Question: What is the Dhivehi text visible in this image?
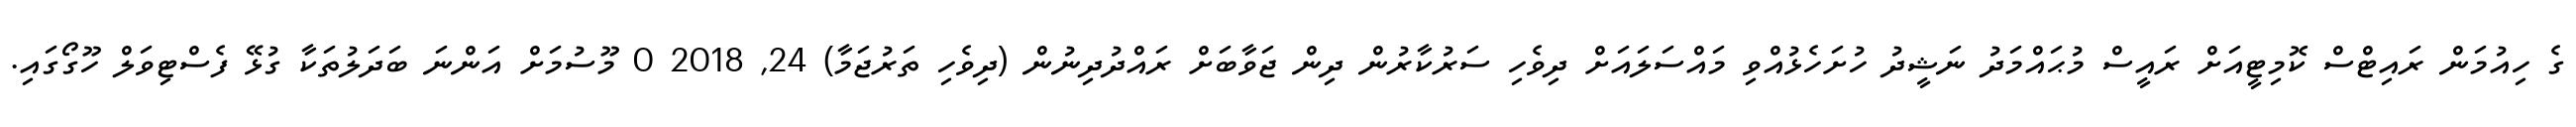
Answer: ގެ ހިއުމަން ރައިޓްސް ކޮމިޓީއަށް ރައީސް މުޙައްމަދު ނަޝީދު ހުށަހެޅުއްވި މައްސަލައަށް ދިވެހި ސަރުކާރުން ދިން ޖަވާބަށް ރައްދުދިނުން (ދިވެހި ތަރުޖަމާ) 24, 2018 0 މޫސުމަށް އަންނަ ބަދަލުތަކާ ގުޅޭ ފެސްޓިވަލް ހޫގޯގައި.